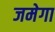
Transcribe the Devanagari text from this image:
जमेगा